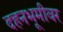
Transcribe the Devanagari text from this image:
दहनभूमीवर